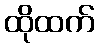
ထိုထက်